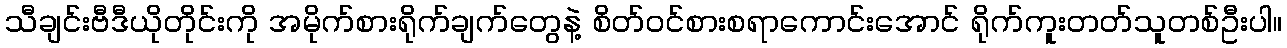
သီချင်းဗီဒီယိုတိုင်းကို အမိုက်စားရိုက်ချက်တွေနဲ့ စိတ်ဝင်စားစရာကောင်းအောင် ရိုက်ကူးတတ်သူတစ်ဦးပါ။